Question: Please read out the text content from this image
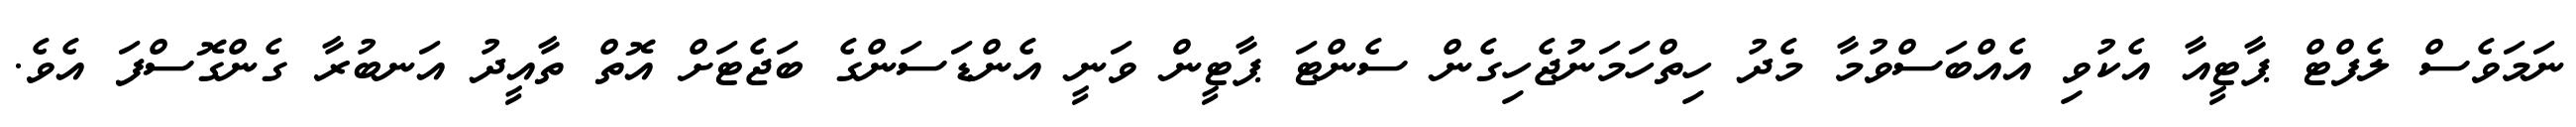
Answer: ނަމަވެސް ލެފްޓް ޕާޓީއާ އެކުވި އެއްބަސްވުމާ މެދު ހިތްހަމަނުޖެހިގެން ސެންޓަ ޕާޓީން ވަނީ އެންޑަސަންގެ ބަޖެޓަށް އޮތް ތާއީދު އަނބުރާ ގެންގޮސްފަ އެވެ.